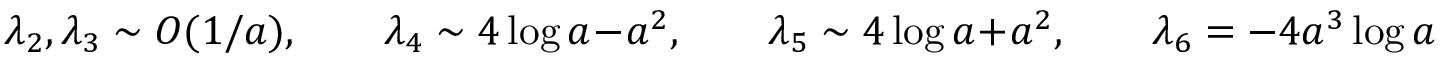
\lambda _ { 2 } , \lambda _ { 3 } \sim { \cal O } ( 1 / a ) , \qquad \lambda _ { 4 } \sim 4 \log a - a ^ { 2 } , \qquad \lambda _ { 5 } \sim 4 \log a + a ^ { 2 } , \qquad \lambda _ { 6 } = - 4 a ^ { 3 } \log a